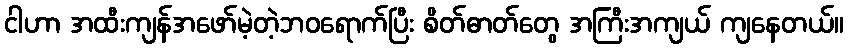
ငါဟာ အထီးကျန်အဖော်မဲ့တဲ့ဘဝရောက်ပြီး စိတ်ဓာတ်တွေ အကြီးအကျယ် ကျနေတယ်။